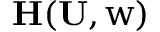
\mathbf { H ( \mathbf { U } , \boldsymbol { w } ) }